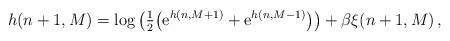
LaTeX: \begin{align*}h(n+1,M) = \log \big( \tfrac{1}{2}\big(\mathrm{e}^{h(n,M+1)} + \mathrm{e}^{h(n,M-1)}\big)\big) +\beta \xi(n+1, M) \,,\end{align*}